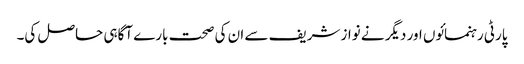
پارٹی رہنمائوں اور دیگر نے نواز شریف سے ان کی صحت بارے آگاہی حاصل کی۔